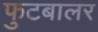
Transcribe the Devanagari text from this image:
फुटबालर